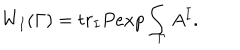
W _ { I } ( \Gamma ) = t r _ { I } P e x p \int _ { \Gamma } A ^ { I } .